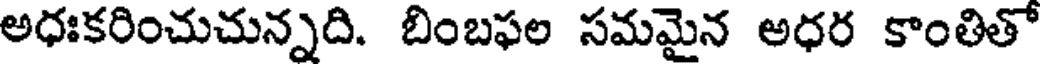
అధఃకరించుచున్నది. బింబఫల సమమైన అధర కాంతితో